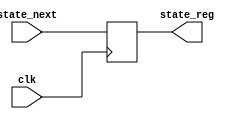

module state_change1 (clk,state_next,state_reg);

parameter nbr_states = 2;

//INPUTS:
input clk;
input [nbr_states:0] state_next;
//clk - WIRE FROM (PLL) 
//state_next - BUS OF WIRES FROM (FSM) 

//OUTPUTS:
output reg [nbr_states:0] state_reg;
//state_reg - REGISTER THAT STORES VALUE OF CURRENT STATE

////////////////////////////////////////////////////////////////////////////////////////////////////////////////
initial
	state_reg = 0;

always @(posedge clk) begin
        state_reg <= state_next;
 end
 
endmodule
////////////////////////////////////////////////////////////////////////////////////////////////////////////////